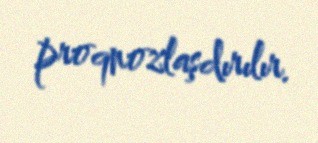
proqnozlaşdırılır.